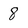
Character: 8